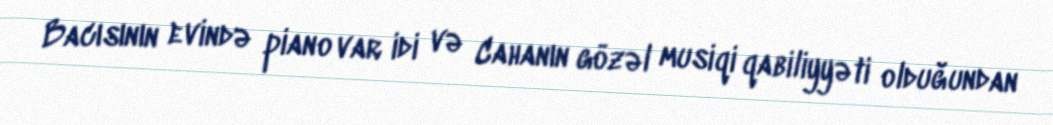
Bacısının evində piano var idi və Cahanın gözəl musiqi qabiliyyəti olduğundan